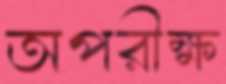
অপরীক্ষ